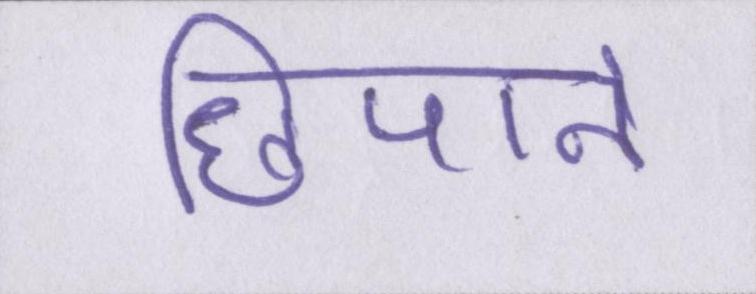
छिपाने